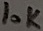
Text: 10K